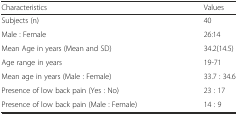
<table><thead><tr><td><b>Characteristics</b></td><td><b>Values</b></td></tr></thead><tbody><tr><td>Subjects (n)</td><td>40</td></tr><tr><td>Male : Female</td><td>26:14</td></tr><tr><td>Mean Age in years (Mean and SD)</td><td>34.2(14.5)</td></tr><tr><td>Age range in years</td><td>19-71</td></tr><tr><td>Mean age in years (Male : Female)</td><td>33.7 : 34.6</td></tr><tr><td>Presence of low back pain (Yes : No)</td><td>23 : 17</td></tr><tr><td>Presence of low back pain (Male : Female)</td><td>14 : 9</td></tr></tbody></table>